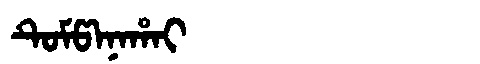
Manchu: ᡨᡠᠮᡦᠠᠨᠠᡥᠠᡳ
Romanization: TUMPANAHAI